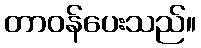
တာဝန်ပေးသည်။